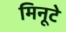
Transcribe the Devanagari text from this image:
मिनूटे